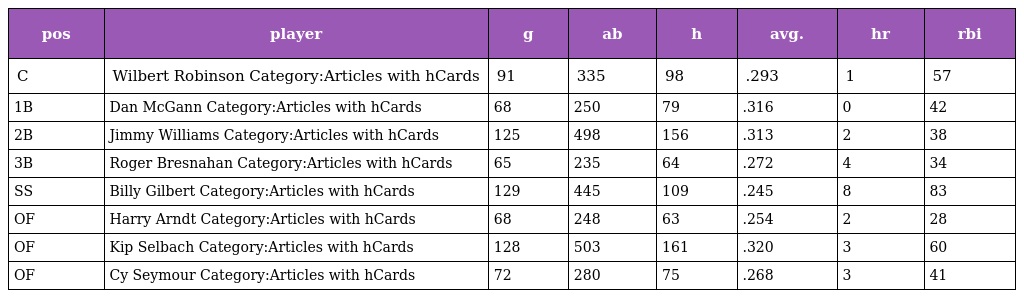
| pos | player | g | ab | h | avg. | hr | rbi |
 | --- | --- | --- | --- | --- | --- | --- | --- |
 | C | Wilbert Robinson Category:Articles with hCards | 91 | 335 | 98 | .293 | 1 | 57 |
 | 1B | Dan McGann Category:Articles with hCards | 68 | 250 | 79 | .316 | 0 | 42 |
 | 2B | Jimmy Williams Category:Articles with hCards | 125 | 498 | 156 | .313 | 2 | 38 |
 | 3B | Roger Bresnahan Category:Articles with hCards | 65 | 235 | 64 | .272 | 4 | 34 |
 | SS | Billy Gilbert Category:Articles with hCards | 129 | 445 | 109 | .245 | 8 | 83 |
 | OF | Harry Arndt Category:Articles with hCards | 68 | 248 | 63 | .254 | 2 | 28 |
 | OF | Kip Selbach Category:Articles with hCards | 128 | 503 | 161 | .320 | 3 | 60 |
 | OF | Cy Seymour Category:Articles with hCards | 72 | 280 | 75 | .268 | 3 | 41 |